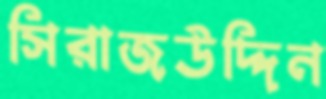
সিরাজউদ্দিন